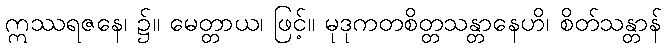
ဣဿရဇနေ၊ ၌။ မေတ္တာယ၊ ဖြင့်။ မုဒုကတစိတ္တသန္တာနေဟိ၊ စိတ်သန္တာန်